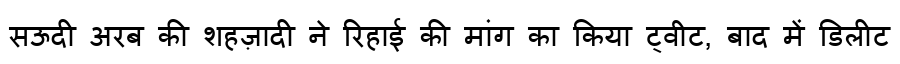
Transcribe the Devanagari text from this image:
सऊदी अरब की शहज़ादी ने रिहाई की मांग का किया ट्वीट, बाद में डिलीट